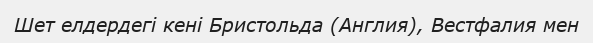
Шет елдердегі кені Бристольда (Англия), Вестфалия мен